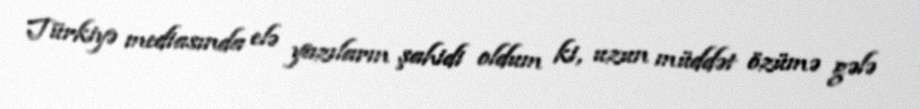
Türkiyə mediasında elə yazıların şahidi oldum ki, uzun müddət özümə gələ